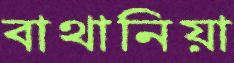
বাথানিয়া